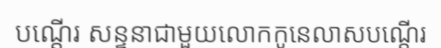
បណ្តើរ សន្ទនាជាមួយលោកកូនេលាសបណ្តើរ